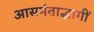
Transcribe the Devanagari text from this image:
आसमंताद्भागीं